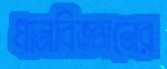
ধানবিজ্ঞানের